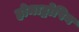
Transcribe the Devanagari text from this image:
होमाट्रोपिन